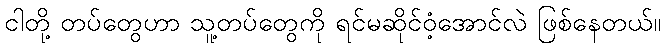
ငါတို့ တပ်တွေဟာ သူ့တပ်တွေကို ရင်မဆိုင်ဝံ့အောင်လဲ ဖြစ်နေတယ်။